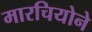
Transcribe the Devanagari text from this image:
मारचियोने